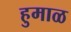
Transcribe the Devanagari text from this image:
हुमाळ